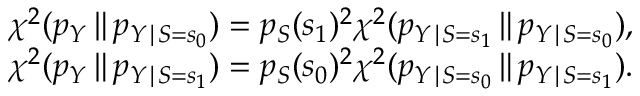
\begin{array} { r l } & { \chi ^ { 2 } ( { p _ { Y } } \, \| \, { p _ { Y \mid S = s _ { 0 } } } ) = p _ { S } ( s _ { 1 } ) ^ { 2 } \chi ^ { 2 } ( { p _ { Y \mid S = s _ { 1 } } } \, \| \, { p _ { Y \mid S = s _ { 0 } } } ) , } \\ & { \chi ^ { 2 } ( { p _ { Y } } \, \| \, { p _ { Y \mid S = s _ { 1 } } } ) = p _ { S } ( s _ { 0 } ) ^ { 2 } \chi ^ { 2 } ( { p _ { Y \mid S = s _ { 0 } } } \, \| \, { p _ { Y \mid S = s _ { 1 } } } ) . } \end{array}